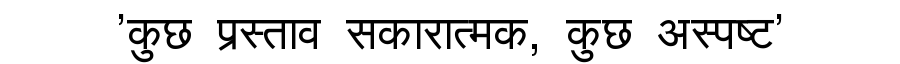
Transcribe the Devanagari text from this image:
'कुछ प्रस्ताव सकारात्मक, कुछ अस्पष्ट'